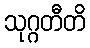
သုဂ္ဂတီတိ